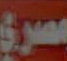
مصري